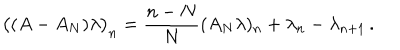
\bigl ( ( A - A _ { N } ) \lambda \bigr ) _ { n } = \frac { n - N } { N } ( A _ { N } \lambda ) _ { n } + \lambda _ { n } - \lambda _ { n + 1 } \, .